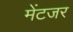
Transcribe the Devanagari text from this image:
मेंटजर